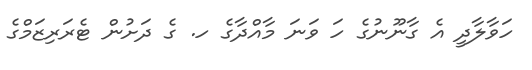
ހަވާލާދީ އެ ގާނޫނުގެ ހަ ވަނަ މާއްދާގެ ހ. ގެ ދަށުން ޓެރަރިޒަމްގެ